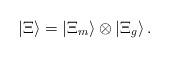
LaTeX: \begin{align*}|\Xi\rangle = |\Xi_m\rangle \otimes |\Xi_{g}\rangle \,.\end{align*}